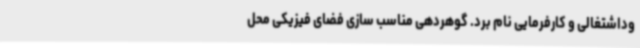
وداشتغالی و کارفرمایی نام برد. گوهردهی مناسب سازی فضای فیزیکی محل